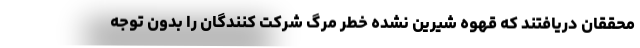
محققان دریافتند که قهوه شیرین نشده خطر مرگ شرکت کنندگان را بدون توجه